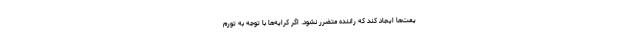
یمت‌ها ایجاد کند که راننده متضرر نشود. اگر کرایه‌ها با توجه به تورم